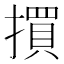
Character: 𢵯